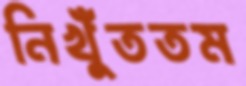
নিখুঁততম